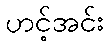
ဟင့်အင်း